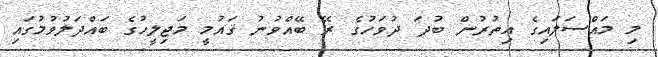
މި މައްސަލައިގެ އިތުރުން ބުދަ ދުވަހުގެ ރޭ ބޭއްވުނު ޤައުމީ މަޖިލީހުގެ ބައްދަލުވުމުގައި